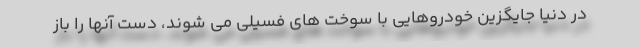
در دنیا جایگزین خودروهایی با سوخت های فسیلی می شوند، دست آنها را باز